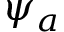
\psi _ { a }